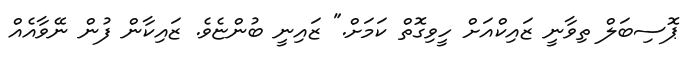
ޕޮސިބަލް ތިވާނީ ޒައިކްއަށް ހީީވިގޮތް ކަމަށް." ޒައިނީ ބުންޏެވެ. ޒައިކާން ފުން ނޭވާއެއް